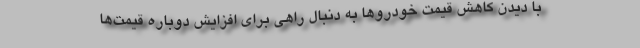
با دیدن کاهش قیمت خودروها به دنبال راهی برای افزایش دوباره قیمت‌ها